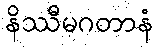
နိဿီမဂတာနံ